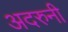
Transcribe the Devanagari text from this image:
अदरुनी